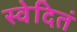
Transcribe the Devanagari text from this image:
स्वेदितं